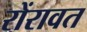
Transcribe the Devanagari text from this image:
रोंरावत